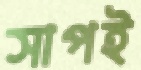
সাপই